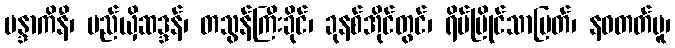
မန္ဒာကိနီ၊ မည်ယှိဆဒ္ဒန်၊ တသွန်ကြီးခိုင်၊ ခုနစ်အိုင်တွင်၊ ရိပ်မြိုင်သာမြတ်၊ နဝတတ်မူ၊